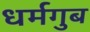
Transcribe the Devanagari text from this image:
धर्मगुब